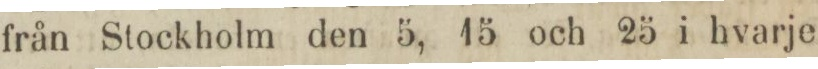
från Stockholm den 5, 15 och 25 i hvarje